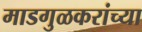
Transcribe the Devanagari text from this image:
माडगुळकरांच्या